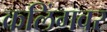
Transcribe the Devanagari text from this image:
कलिंगवर